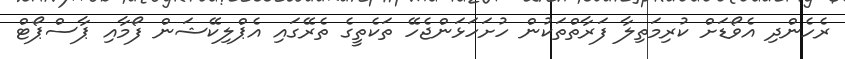
ރެހެންދި އެވޯޑަށް ކުރިމަތިލާ ފަރާތްތަކުން ހުށަހަޅަންޖެހޭ ތަކެތީގެ ތެރޭގައި އެޕްލިކޭޝަން ފޯމާއި ޕާސްޕޯޓް